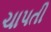
ચાપતી